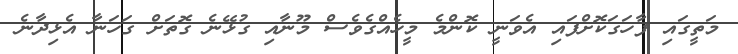
މަތީގައި ފާހަގަކޮށްފައި އެވަނީ ކޮންމެ މީހެއްގެވެސް މޫނާއި ގުޅޭނެ ގޮތަށް ގަހަނާ އެޅިދާނެ